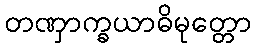
တဏှာက္ခယာဓိမုတ္တော